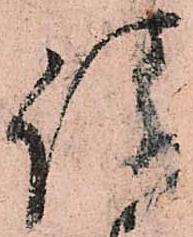
請